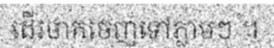
ដើរចាកចេញទៅភ្លាមៗ ។